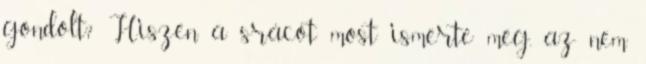
gondolt? Hiszen a srácot most ismerte meg, az nem